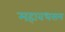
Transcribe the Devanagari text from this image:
महावधसम